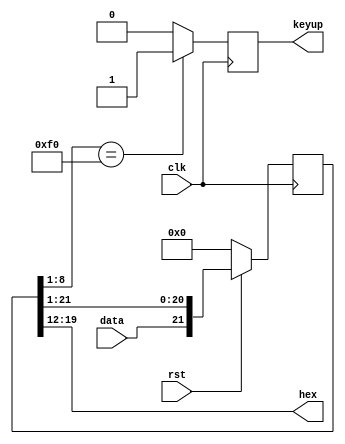
`timescale 1ns/1ps

 module MODULE_KB_CONTROL(input clk,input data,input rst,output [7:0] hex,
 output reg keyup);

 reg [21:0] shift;

 assign hex[7:0]=shift[19:12];
 

 always@(negedge clk)
 begin
   if(!rst)
    begin
        shift<=22'b0;
        end
   else
    shift<={data,shift[21:1]};

 end

always @(posedge clk) 
begin
    if(shift[8:1] == 8'hF0) begin
        keyup <= 1'b1;
    end
    else begin
        keyup <= 1'b0;
    end    
end
 
 endmodule